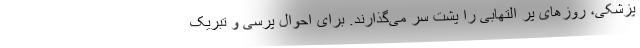
پزشکی، روزهای پر التهابی را پشت سر می‌گذارند. برای احوال پرسی و تبریک